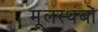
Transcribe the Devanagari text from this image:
मूलस्थंबों